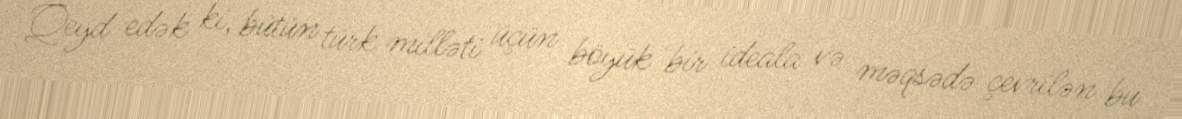
Qeyd edək ki, bütün türk milləti üçün böyük bir ideala və məqsədə çevrilən bu